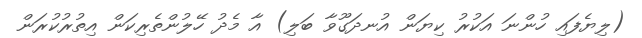
(ލިޔެފައި ހުންނަ އަކުރު ކިޔަން އުނދަގޫވާ ބަލި) އާ މެދު ހޭލުންތެރިކަން އިތުރުކުރަން